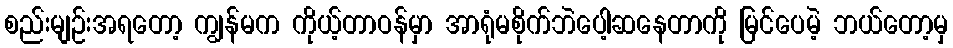
စည်းမျဉ်းအရတော့ ကျွန်မက ကိုယ့်တာဝန်မှာ အာရုံမစိုက်ဘဲပေါ့ဆနေတာကို မြင်ပေမဲ့ ဘယ်တော့မှ